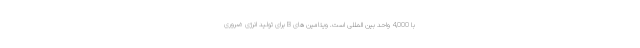
با 4,000 واحد بین المللی است. ویتامین های B برای تولید انرژی ضروری